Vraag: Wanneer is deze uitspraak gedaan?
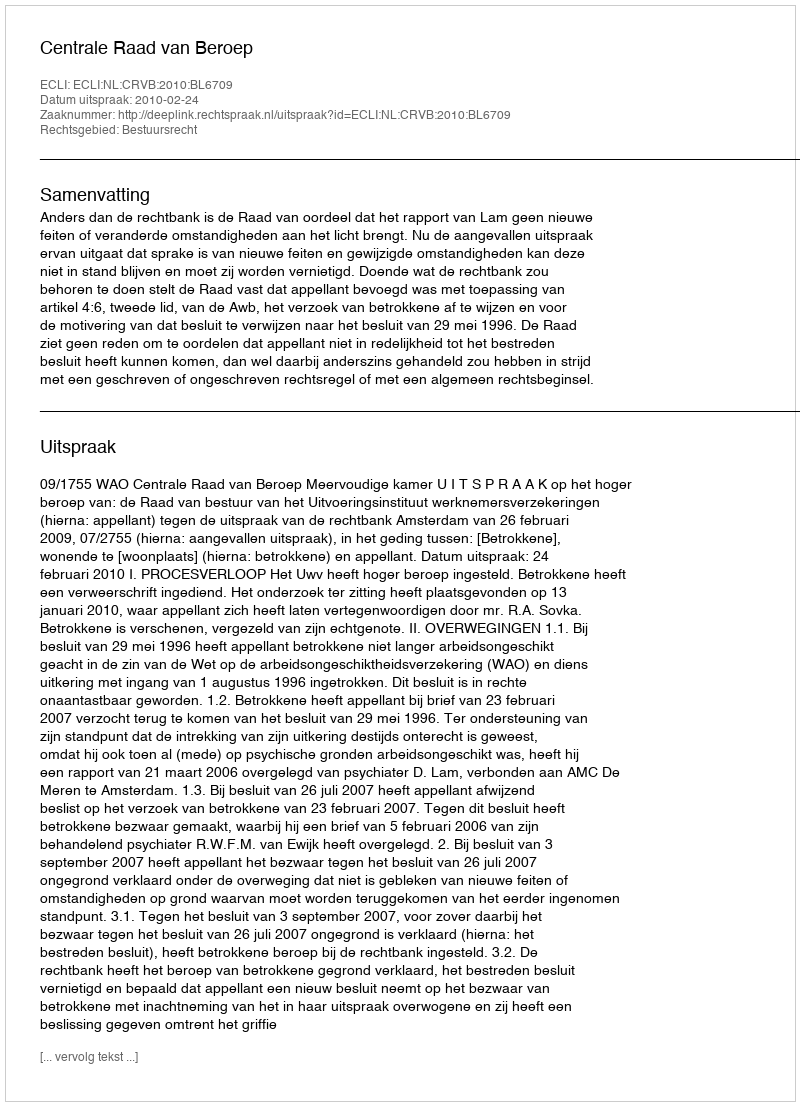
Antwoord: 2010-02-24